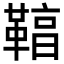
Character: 𩋻